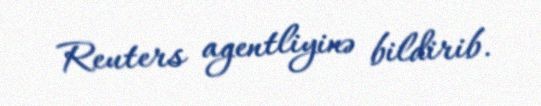
Reuters agentliyinə bildirib.